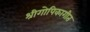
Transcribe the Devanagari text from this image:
श्रीगोपिकागीत